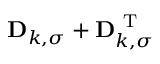
\mathbf { D } _ { k , \sigma } + \mathbf { D } _ { k , \sigma } ^ { \mathrm { ~ T ~ } }